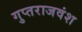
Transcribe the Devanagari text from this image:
गुप्तराजवंश